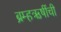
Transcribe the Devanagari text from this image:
ब्रम्हऋषींची